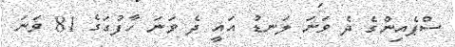
ސްޕެއިންގެ ދެ ވަނަ ލަނޑު އައީ ދެ ވަނަ ހާފުގަގެ 81 ވަނަ